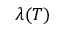
\lambda ( T )